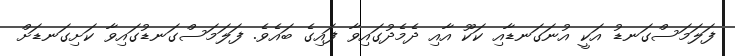
ފަލަމަސްގަނޑު އަކީ އުނަގަނޑާއި ކަކޫ އާއި ދެމެދުގައިވާ ފައިގެ ބައެވެ. ފަލަމަސްގަނޑުގައިވާ ކަށިގަނޑަށް